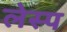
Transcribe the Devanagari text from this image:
लेस्प